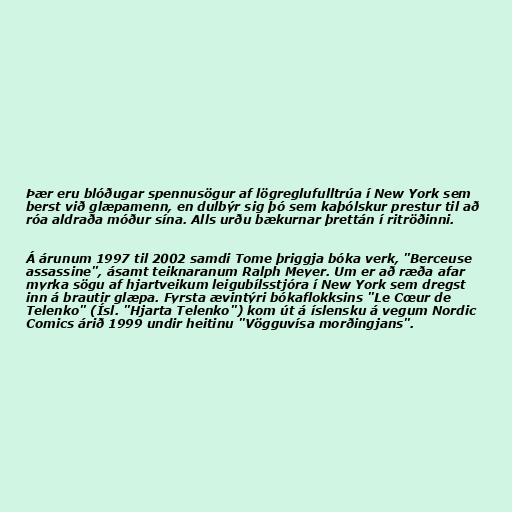
Þær eru blóðugar spennusögur af lögreglufulltrúa í New York sem
berst við glæpamenn, en dulbýr sig þó sem kaþólskur prestur til að
róa aldraða móður sína. Alls urðu bækurnar þrettán í ritröðinni.

Á árunum 1997 til 2002 samdi Tome þriggja bóka verk, "Berceuse
assassine", ásamt teiknaranum Ralph Meyer. Um er að ræða afar
myrka sögu af hjartveikum leigubílsstjóra í New York sem dregst
inn á brautir glæpa. Fyrsta ævintýri bókaflokksins "Le Cœur de
Telenko" (Ísl. "Hjarta Telenko") kom út á íslensku á vegum Nordic
Comics árið 1999 undir heitinu "Vögguvísa morðingjans".